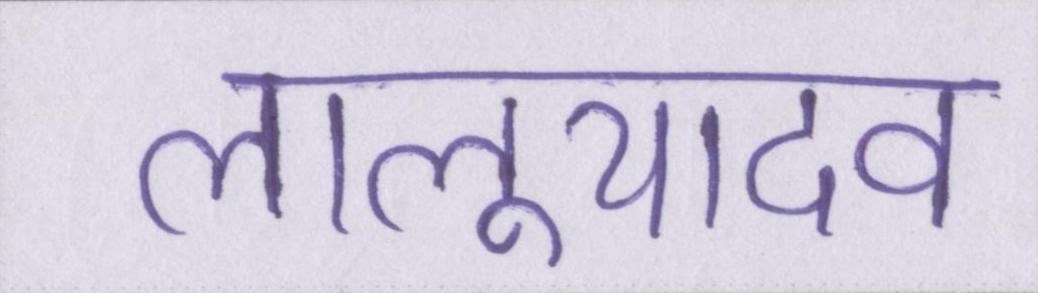
लालूयादव